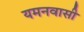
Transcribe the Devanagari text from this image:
यमनवासी